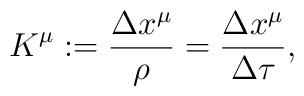
K^{\mu}:=\frac{\Delta x^\mu}{\rho}=\frac{\Delta x^\mu}{\Delta\tau},